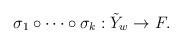
LaTeX: \begin{align*}\sigma_{1}\circ\cdots\circ\sigma_{k}: \tilde{Y}_{w}\rightarrow F.\end{align*}